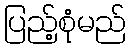
ပြည့်စုံမည်